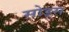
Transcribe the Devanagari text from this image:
सोड्स